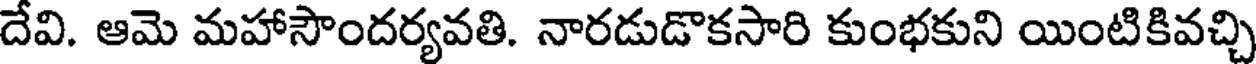
దేవి. ఆమె మహాసౌందర్యవతి. నారడుడొకసారి కుంభకుని యింటికివచ్చి